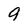
Character: 9